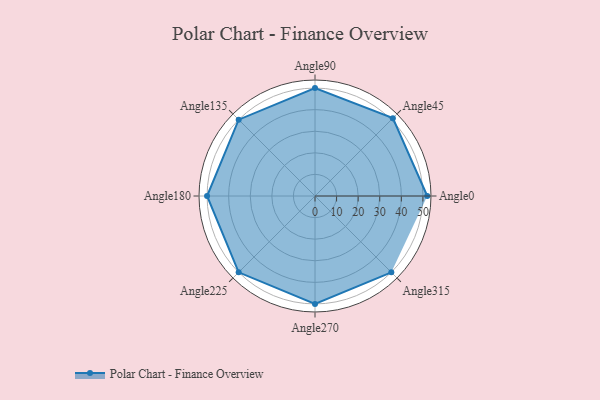
{"axis": {"x": "Angle", "y": "Radius"}, "legend": [""], "data": [{"x": "Angle0", "y": 52.0, "type": ""}, {"x": "Angle45", "y": 51.0, "type": ""}, {"x": "Angle90", "y": 50, "type": ""}, {"x": "Angle135", "y": 50, "type": ""}, {"x": "Angle180", "y": 50, "type": ""}, {"x": "Angle225", "y": 50, "type": ""}, {"x": "Angle270", "y": 50, "type": ""}, {"x": "Angle315", "y": 50, "type": ""}]}